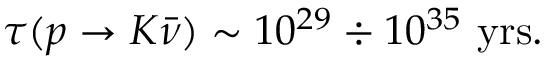
\tau ( p \to K \bar { \nu } ) \sim 1 0 ^ { 2 9 } \div 1 0 ^ { 3 5 } \ \mathrm { y r s } .